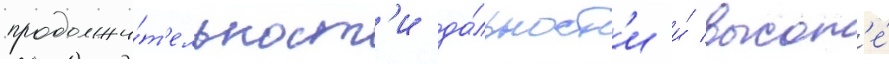
продолжи́т'ельност'и да́льност'и и́ высот'е́